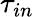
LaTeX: \tau_{in}